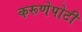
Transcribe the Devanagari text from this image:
करूणेपोटी